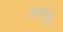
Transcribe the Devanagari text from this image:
लापिथेस